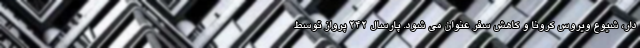
دار، شیوع ویروس کرونا و کاهش سفر عنوان می شود. پارسال ۲۴۲ پرواز توسط